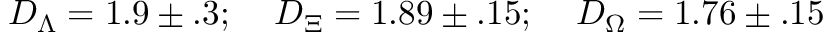
D _ { \Lambda } = 1 . 9 \pm . 3 ; \; \; \; \; D _ { \Xi } = 1 . 8 9 \pm . 1 5 ; \; \; \; \; D _ { \Omega } = 1 . 7 6 \pm . 1 5